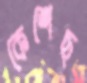
কেশেছ